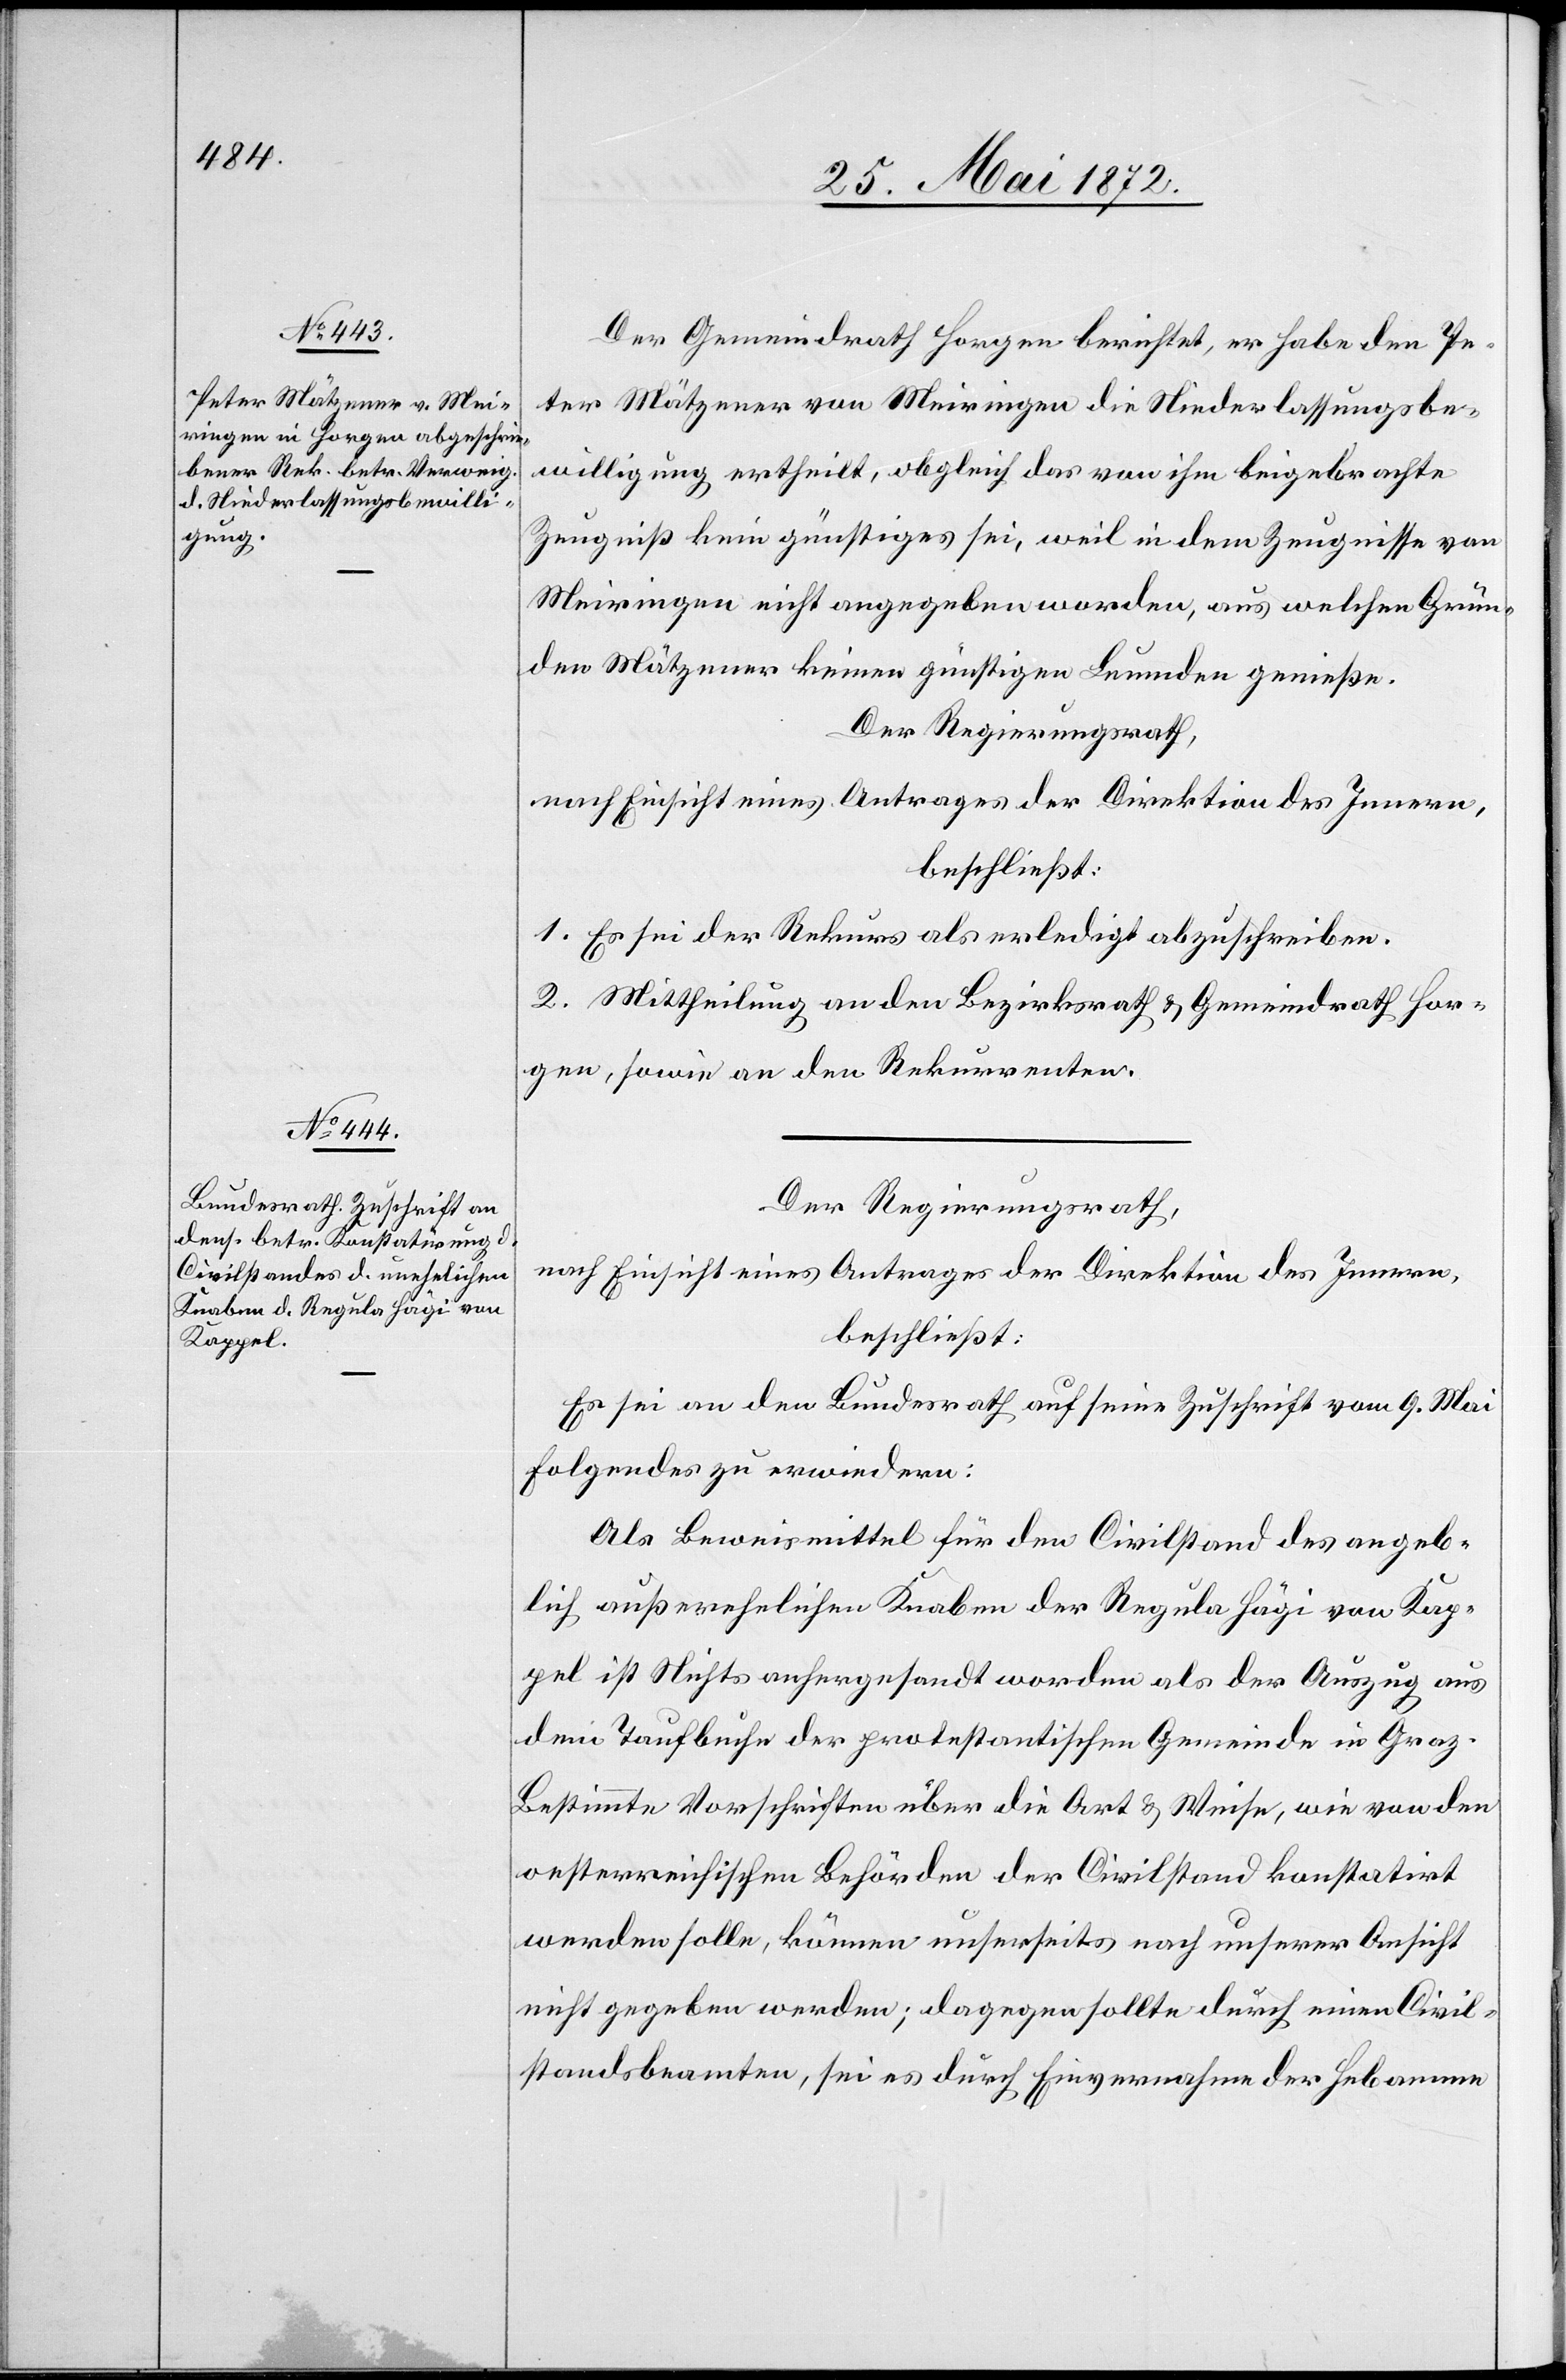
Der Gemeindrath Horgen berichtet, er habe den
Peter Mätzener von Meiringen die Niederlassungsbe¬
willigung ertheilt, obgleich das von ihm beigebrachte
Zeugniß kein günstiges sei, weil in dem Zeugnisse von
Meiringen nicht angegeben worden, aus welchen Grün¬
den Mätzener keinen günstigen Leumden genieße.
Der Regierungsrath,
nach Einsicht eines Antrages der Direktion des Innern,
beschließt:
1. Es sei der Rekurs als erledigt abzuschreiben.
2. Mittheilung an den Bezirksrath u. Gemeindrath Hor¬
gen, sowie an den Rekurrenten.
Der Regierungsrath,
nach Einsicht eines Antrages der Direktion des Innern,
beschließt:
Es sei an den Bundesrath auf seine Zuschrift vom 9. Mai
folgendes zu erwiedern:
Als Beweismittel für den Civilstand des angeb¬
lich außerehelichen Knaben der Regula Hägi von Kap¬
pel ist Nichts anhergesandt worden als der Auszug aus
dem Taufbuche der protestantischen Gemeinde in Graz.
Bestimmte Vorschriften über die Art u. Weise, wie von den
oesterreichischen Behörden der Civilstand konstatirt
werden solle, können unserseits nach unserer Ansicht
nicht gegeben werden; dagegen sollte durch einen Civil¬
standsbeamten, sei es durch Einvernahme der Hebamme